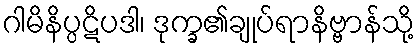
ဂါမိနိပ္ပဋိပဒါ၊ ဒုက္ခ၏ချုပ်ရာနိဗ္ဗာန်သို့